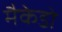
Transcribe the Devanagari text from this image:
मैकेडो